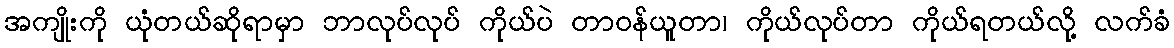
အကျိုးကို ယုံတယ်ဆိုရာမှာ ဘာလုပ်လုပ် ကိုယ်ပဲ တာဝန်ယူတာ၊ ကိုယ်လုပ်တာ ကိုယ်ရတယ်လို့ လက်ခံ